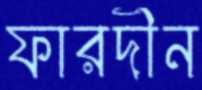
ফারদীন